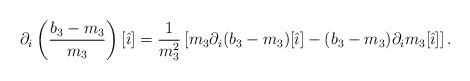
LaTeX: \begin{align*}\partial_i \left( \frac{b_3-m_3}{m_3} \right)[\hat{\imath}]=\frac{1}{m_3^2}\left[m_3\partial_i (b_3-m_3)[\hat{\imath}] -(b_3-m_3)\partial_i m_3[\hat{\imath}]\right].\end{align*}